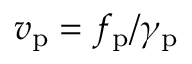
v _ { \mathrm { p } } = f _ { \mathrm { p } } / \gamma _ { \mathrm { p } }